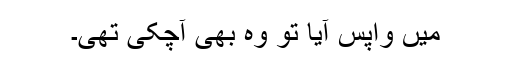
میں واپس آیا تو وہ بھی آچکی تھی۔